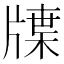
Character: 𤗣